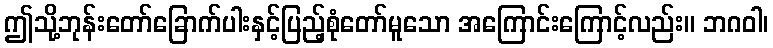
ဤသို့ဘုန်းတော်ခြောက်ပါးနှင့်ပြည့်စုံတော်မူသော အကြောင်းကြောင့်လည်း။ ဘဂဝါ၊